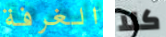
الغرفة كلا